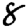
Digit: 8